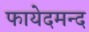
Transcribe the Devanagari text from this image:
फायेदमन्द